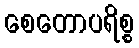
စေတောပရိစ္စ